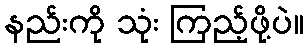
နည်းကို သုံး ကြည့်ဖို့ပဲ။